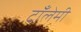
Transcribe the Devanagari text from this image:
टाँलेमी